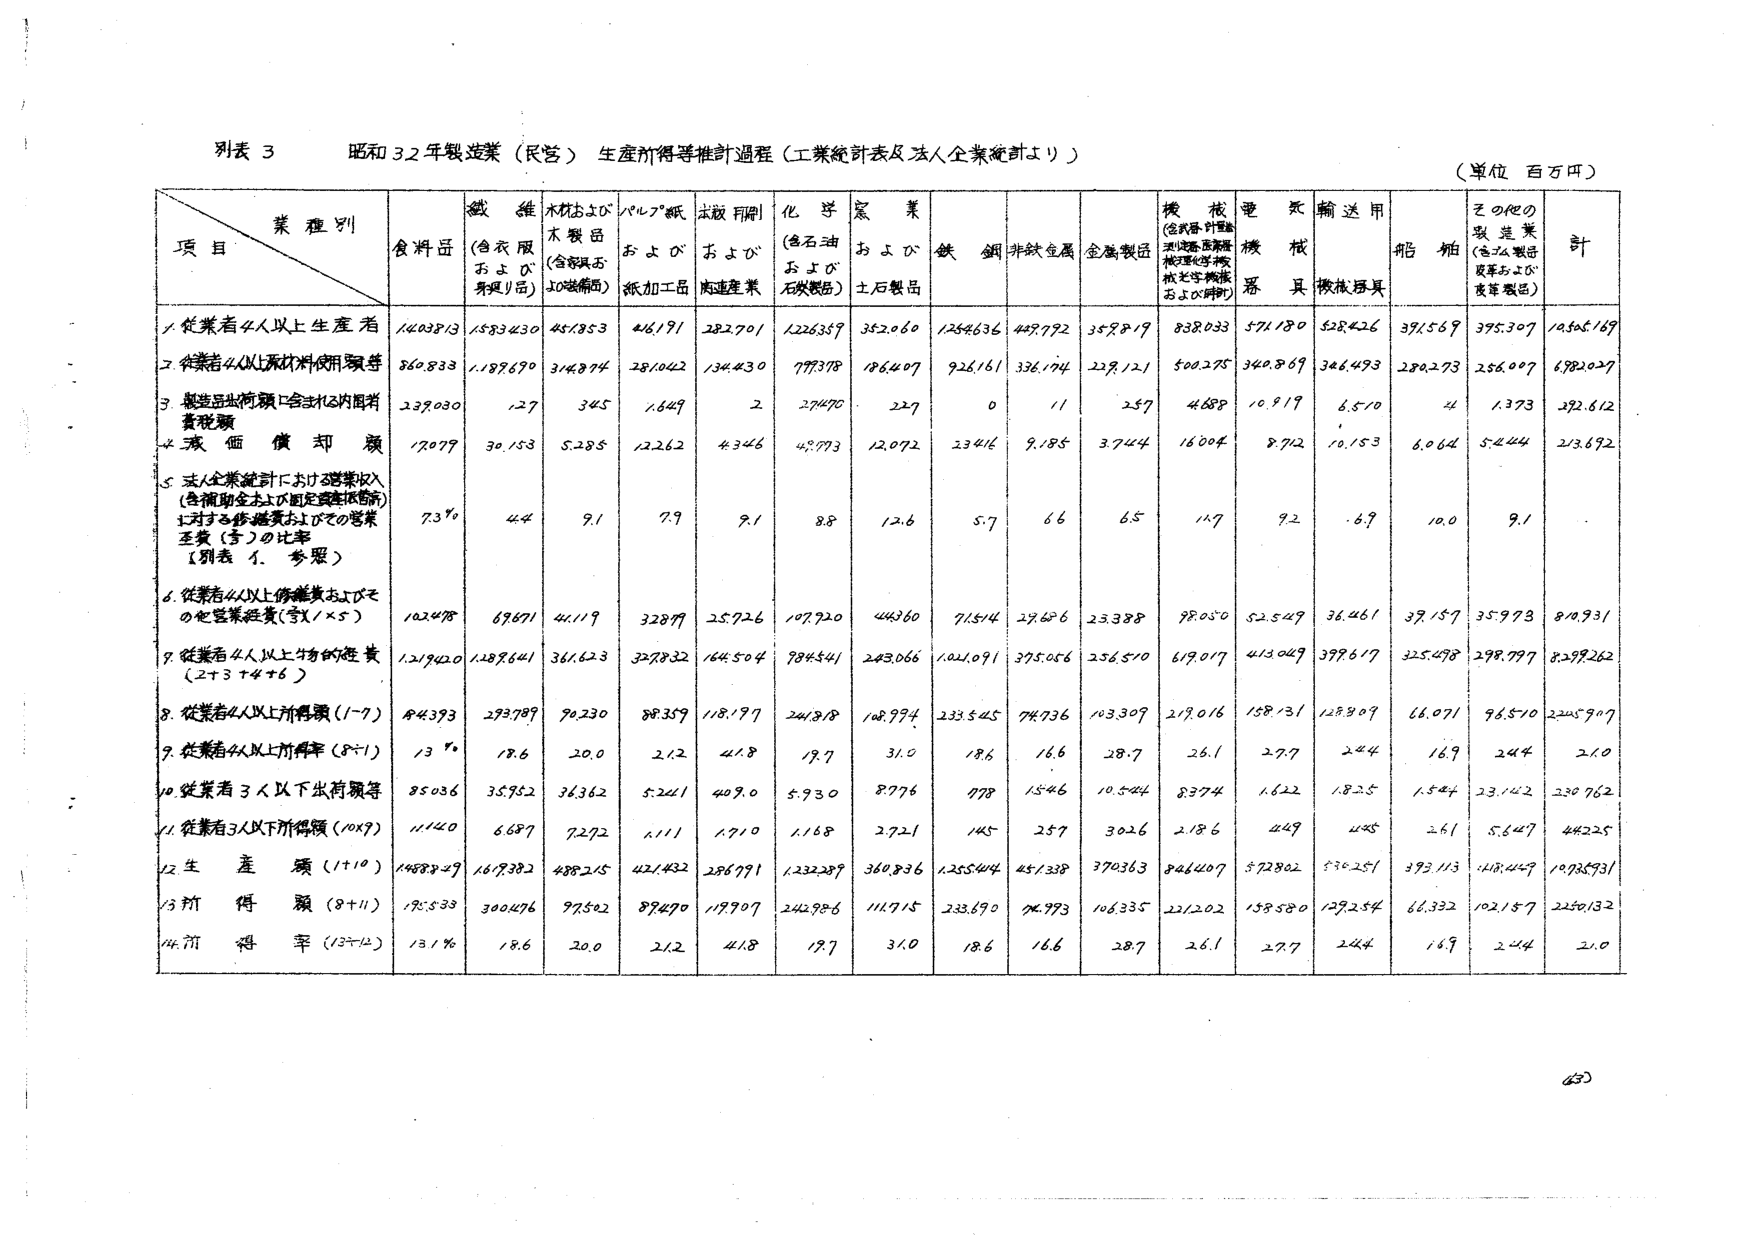
別表 3 昭和32年製造業（民営）生産所得等推計過程（工業統計表及び企業統計より）
（単位 百万円）

業種別
項目
食料品
繊維（含衣服および身具用品）
木材および木製品（含家具および装飾品）
パルプ・紙および紙加工品
木板用および肉連産業
化学（含石油および石炭製品）
窯業（および土石製品）
鉄鋼
非鉄金属
金属製品
機械（含武器・計量器・測定器・医療器械・理化学器械および印刷機）
電気機器
輸送用機械器具
船舶
その他の製造業（含み製品皮革および皮革製品）
計

1. 従業者4人以上生産者
14038/3  1583430  45/1853  416/191  28270/1  1226359  352060  1254636  4497792  359819  838033  571180  528426  391569  395307  14545169

2. 企業者4人以上原材料使用額等
860833  1189690  314874  281042  134430  777378  186407  926161  336174  229121  500275  340869  346493  280273  256007  6982027

3. 製造品出荷額に含まれる内国消費税額
239030  127  345  1649  2  27470  229  0  11  257  4688  10919  6570  41  1373  392612

4. 減価償却額
17077  30153  5285  12262  4346  48773  12072  23416  9185  3744  16004  8712  10153  6064  5444  213692

5. 法人企業統計における営業収入（含補助金および固定資産取替等）に対する修繕費およびその営業主費（予）の比率（別表1.参照）
7.3%  44  9.1  7.9  9.1  8.8  12.6  5.7  6.6  6.5  11.7  9.2  6.9  10.0  9.1

6. 従業者4人以上修繕費およびその他営業経費（5×1×5）
102478  69871  44119  32877  25726  107720  44360  71514  27686  23388  98050  52549  36461  39157  35973  810931

7. 従業者4人以上物的経費（2+3+4+6）
1219420  1189641  361623  327832  164504  984541  248066  1021091  375056  256510  619017  413049  397617  325478  298799  8299262

8. 従業者4人以上所得額（1-7）
84393  293789  90230  88359  118197  241818  108994  233545  74736  103309  219016  158131  128809  66071  96510  2245907

9. 従業者4人以上所得率（8÷1）
13%  18.6  20.0  21.2  41.8  19.7  31.0  18.6  16.6  28.7  26.1  27.7  24.4  16.9  24.4  21.0

10. 従業者3人以下出荷額等
85036  35952  36362  5241  409.0  5930  8776  778  1546  10544  8374  1622  1825  1544  23142  230762

11. 従業者3人以下所得額（10×9）
11140  6687  7272  1111  1710  1168  2721  145  257  3026  2186  449  445  261  5647  44225

12. 生産額（1+10）
1488829  169382  488215  421432  286791  1232289  360836  1255444  451338  370363  846407  572802  536251  393113  418449  10985931

13. 所得額（8+11）
195533  300476  97502  89470  119707  242986  111715  233690  74793  106335  221202  158580  129254  66332  102157  2250132

14. 所得率（13÷12）
13.1%  18.6  20.0  21.2  41.8  19.7  31.0  18.6  16.6  28.7  26.1  27.7  24.4  16.9  24.4  21.0

630